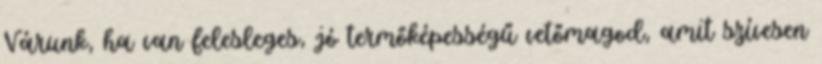
Várunk, ha van felesleges, jó termőképességű vetőmagod, amit szívesen